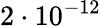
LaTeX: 2\cdot 10^{-12}